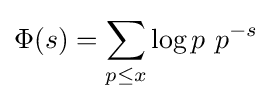
\Phi (s)=\sum _{p\leq x}\log p\,\,p^{-s}